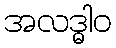
အလဒ္ဓါဝ